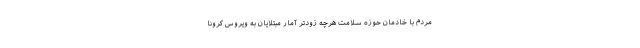
مردم با خادمان حوزه سلامت هرچه زودتر آمار مبتلایان به ویروس کرونا